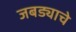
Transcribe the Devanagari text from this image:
जबड्याचे